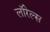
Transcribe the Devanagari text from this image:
लॉरेल्स